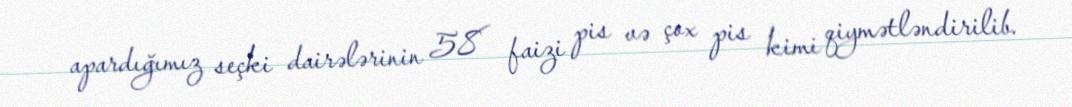
apardığımız seçki dairələrinin 58 faizi pis və çox pis kimi qiymətləndirilib.